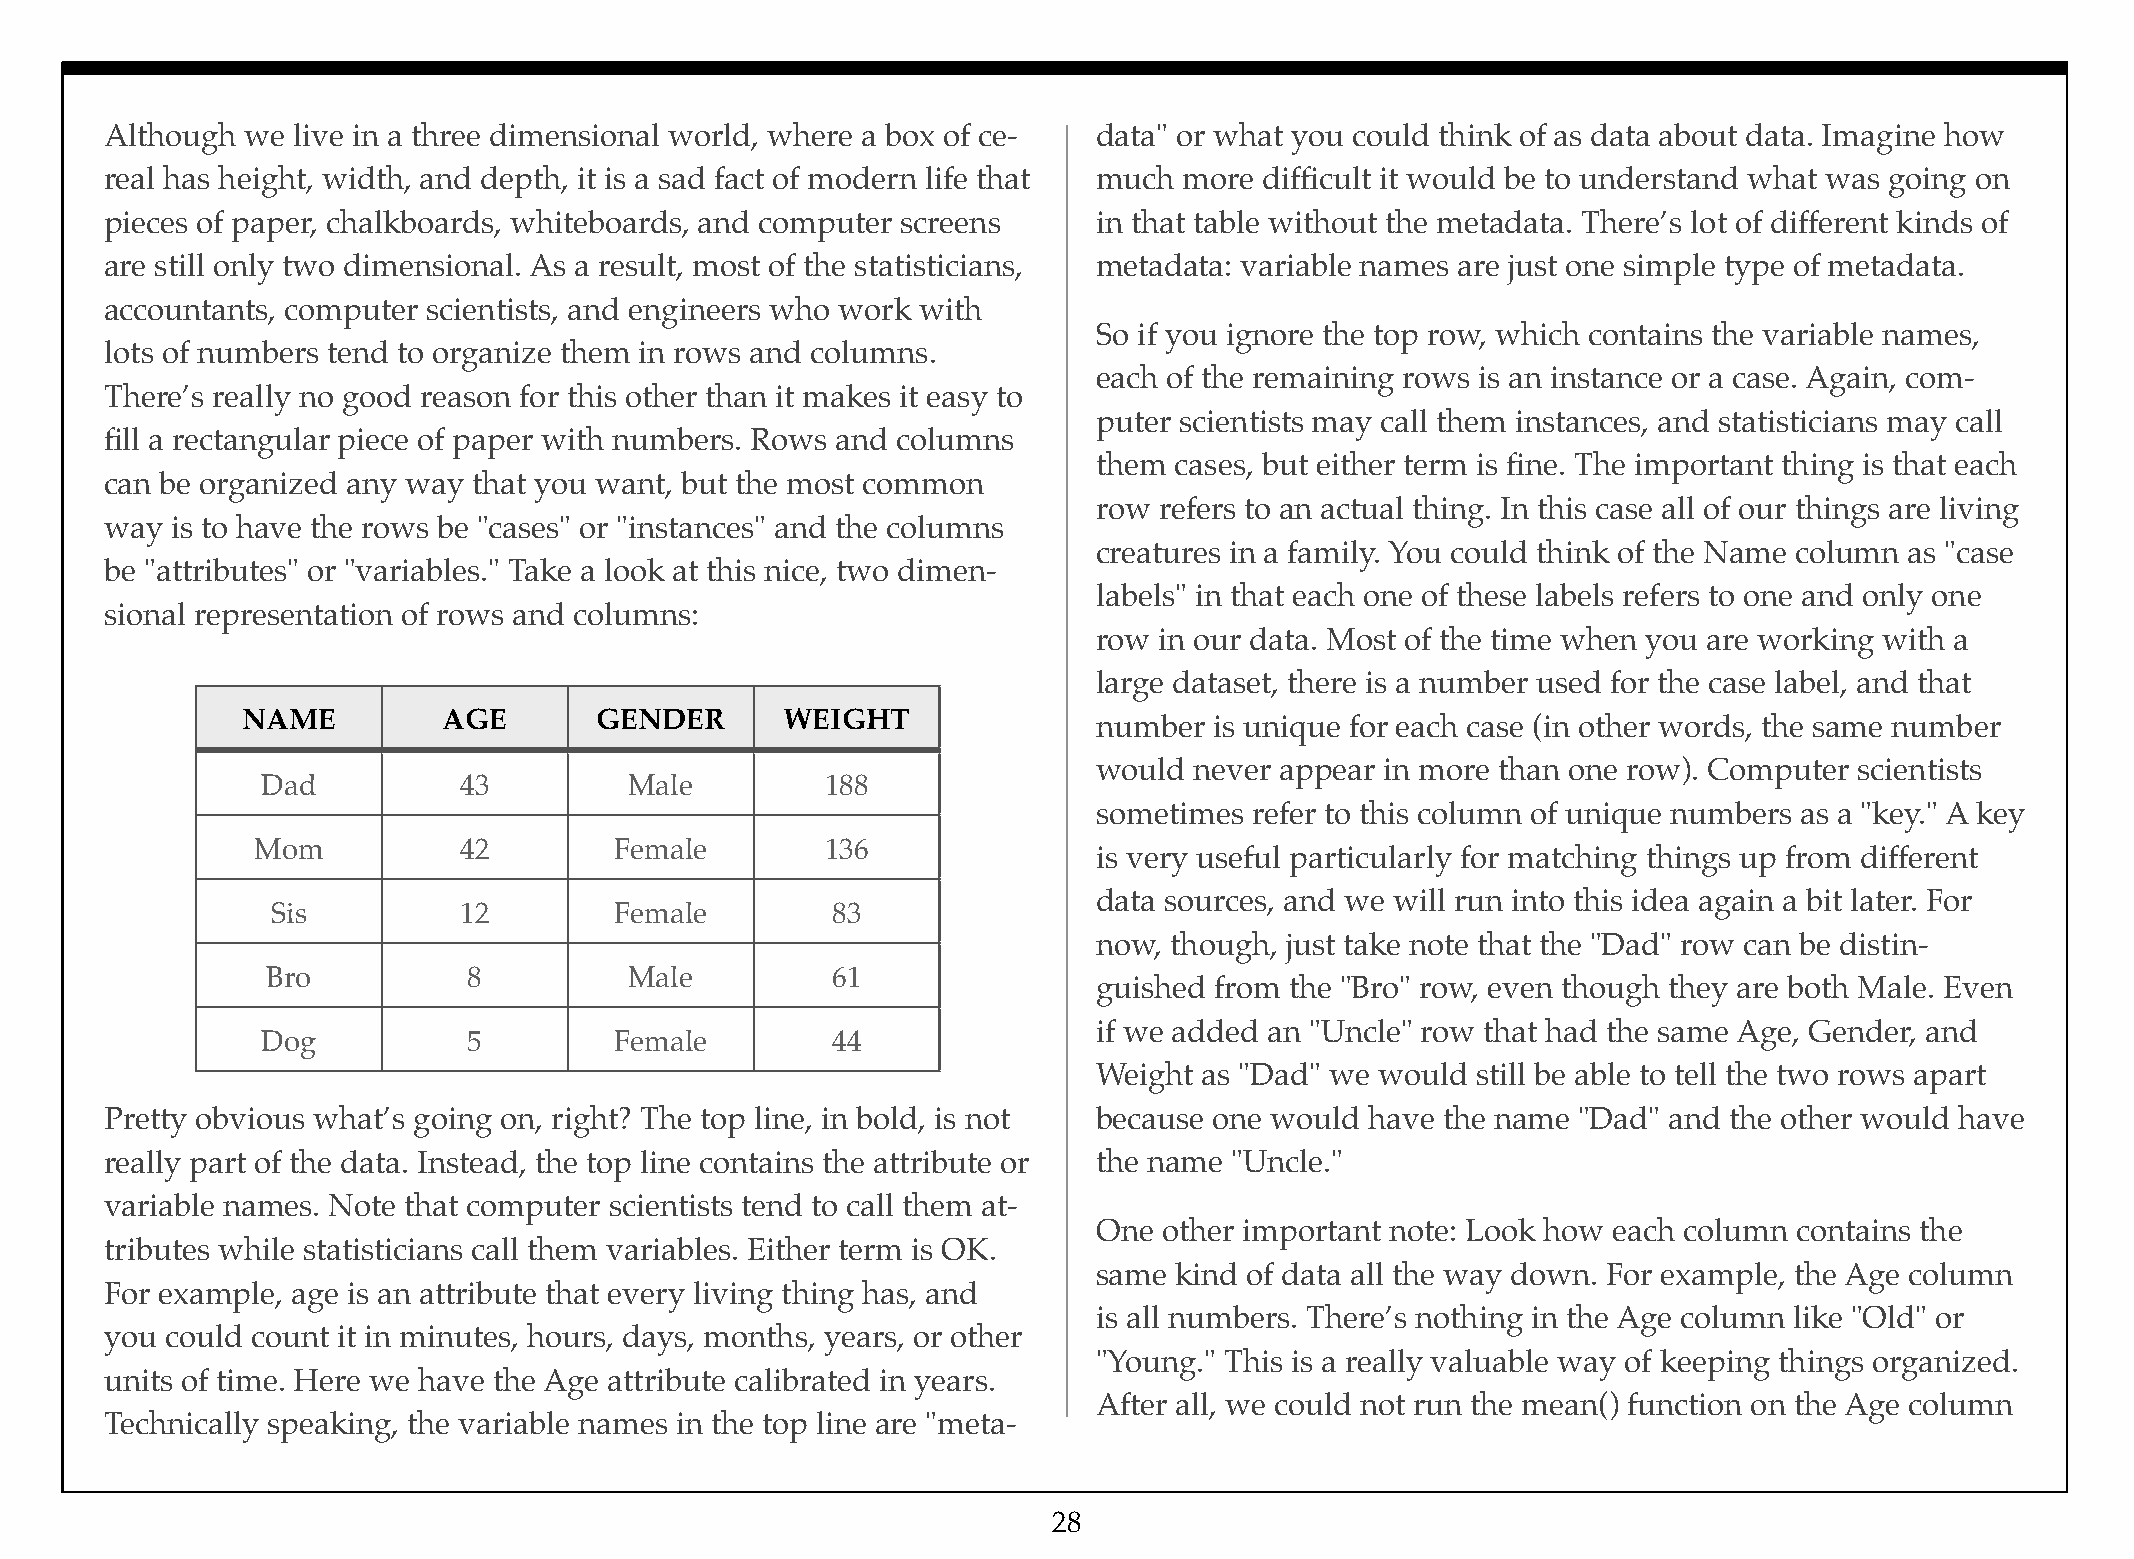
Although we live in a three dimensional world, where a box of ce- data" or what you could think of as data about data. Imagine how
 real has height, width, and depth, it is a sad fact of modern life that much more difficult it would be to understand what was going on
 pieces of paper, chalkboards, whiteboards, and computer screens   in that table without the metadata. There’s lot of different kinds of
 are still only two dimensional. As a result, most of the statisticians, metadata: variable names are just one simple type of metadata.
 accountants, computer scientists, and engineers who work with
 So if you ignore the top row, which contains the variable names,
 lots of numbers tend to organize them in rows and columns.
 each of the remaining rows is an instance or a case. Again, com-
 There’s really no good reason for this other than it makes it easy to
 puter scientists may call them instances, and statisticians may call
 fill a rectangular piece of paper with numbers. Rows and columns
 them cases, but either term is fine. The important thing is that each
 can be organized any way that you want, but the most common
 row refers to an actual thing. In this case all of our things are living
 way is to have the rows be "cases" or "instances" and the columns
 creatures in a family. You could think of the Name column as "case
 be "attributes" or "variables." Take a look at this nice, two dimen-
 labels" in that each one of these labels refers to one and only one
 sional representation of rows and columns:
 row in our data. Most of the time when you are working with a
 large dataset, there is a number used for the case label, and that
 NAME         AGE       GENDER       WEIGHT
 number is unique for each case (in other words, the same number
 would never appear in more than one row). Computer scientists
 Dad          43          Male         188
 sometimes refer to this column of unique numbers as a "key." A key
 Mom          42         Female        136
 is very useful particularly for matching things up from different
 data sources, and we will run into this idea again a bit later. For
 Sis         12         Female        83
 now, though, just take note that the "Dad" row can be distin-
 Bro          8          Male         61
 guished from the "Bro" row, even though they are both Male. Even
 if we added an "Uncle" row that had the same Age, Gender, and
 Dog           5         Female        44
 Weight as "Dad" we would still be able to tell the two rows apart
 Pretty obvious what’s going on, right? The top line, in bold, is not because one would have the name "Dad" and the other would have
 really part of the data. Instead, the top line contains the attribute or the name "Uncle."
 variable names. Note that computer scientists tend to call them at-
 One other important note: Look how each column contains the
 tributes while statisticians call them variables. Either term is OK.
 same kind of data all the way down. For example, the Age column
 For example, age is an attribute that every living thing has, and
 is all numbers. There’s nothing in the Age column like "Old" or
 you could count it in minutes, hours, days, months, years, or other
 "Young." This is a really valuable way of keeping things organized.
 units of time. Here we have the Age attribute calibrated in years.
 After all, we could not run the mean() function on the Age column
 Technically speaking, the variable names in the top line are "meta-
 28